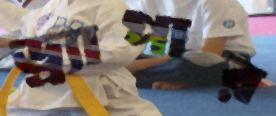
ড্র্যাপার